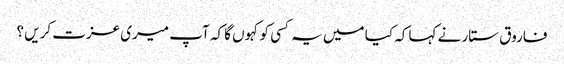
فاروق ستار نے کہا کہ کیا میں یہ کسی کو کہوں گا کہ آپ میری عزت کریں ؟